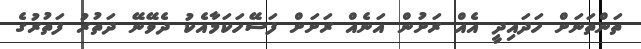
ތަންތަނަށް ހަދައިދީ އެއް ރަށުން އަނެއް ރަށަށް ފަސޭހަކަމާއެކު ދެވޭނޭ ދަތުރު ފަތުރުގެ